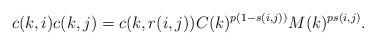
LaTeX: \begin{align*}c(k,i)c(k,j)=c(k,r(i,j))C(k)^{p(1-s(i,j))}M(k)^{ps(i,j)}.\end{align*}